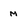
Character: M